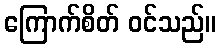
ကြောက်စိတ် ဝင်သည်။